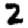
Digit: 2